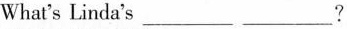
What's Linda's ___ ___?